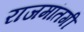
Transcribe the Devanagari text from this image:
राजमांतगी